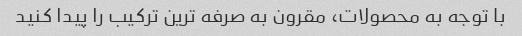
با توجه به محصولات، مقرون به صرفه ترین ترکیب را پیدا کنید